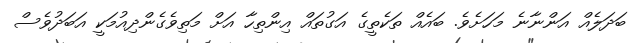
ބަދަލެއް އަންނާނެ މަހަށެވެ. ބައެއް ތަކެތީގެ އަގުތައް އިންތިހާ އަށް މަތިވެގެންދިއުމަކީ އަބަދުވެސް